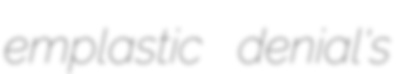
emplastic denial's